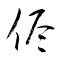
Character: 侭